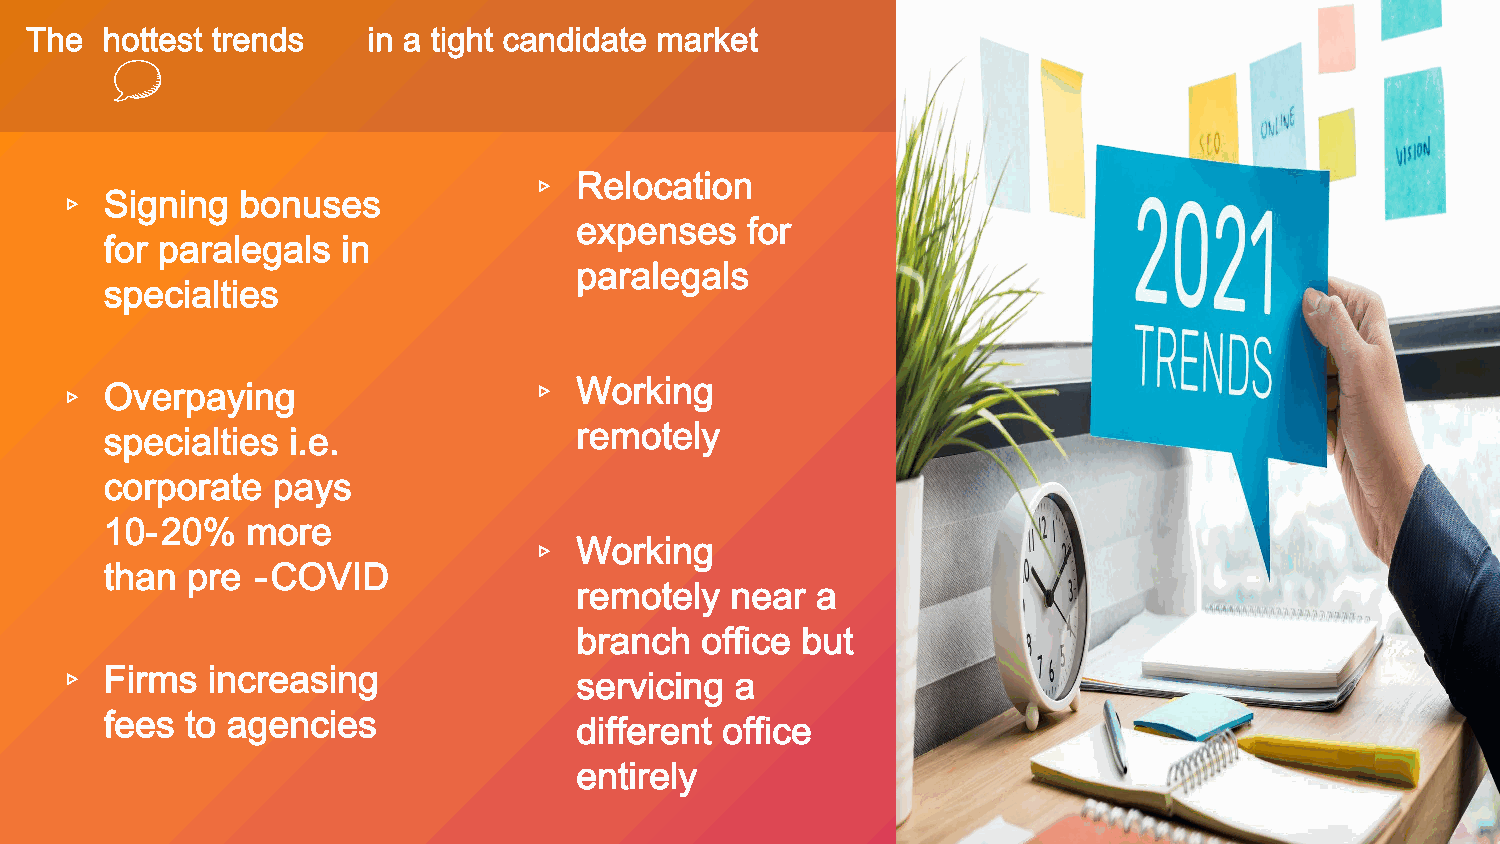
The  hottest trends   in a tight candidate market
 Relocation
 Signing  bonuses
 expenses   for
 for paralegals  in
 ▹
 paralegals
 ▹
 specialties
 Overpaying                     Working
 specialties i.e.               remotely
 ▹                              ▹
 corporate  pays
 10-20%   more
 Working
 than pre  -COVID
 remotely  near  a
 ▹
 branch  office but
 Firms  increasing
 servicing  a
 fees to agencies
 different office
 ▹
 entirely
 31